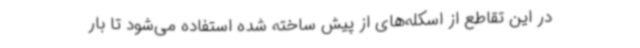
در این تقاطع از اسکله‌های از پیش ساخته شده استفاده می‌شود تا بار